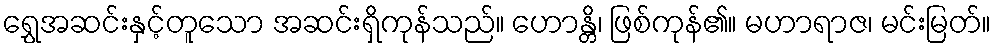
ရွှေအဆင်းနှင့်တူသော အဆင်းရှိကုန်သည်။ ဟောန္တိ၊ ဖြစ်ကုန်၏။ မဟာရာဇ၊ မင်းမြတ်။